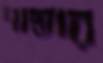
পাস্তার